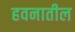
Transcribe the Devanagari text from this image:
हवनातील